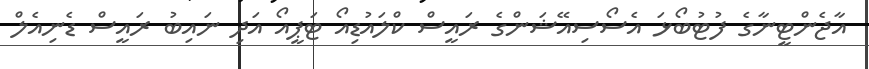
އާޖެންޓީނާގެ ފުޓުބޯޅަ އެސޯސިއޭޝަންގެ ރައީސް ކްލައުޑިއޯ ޓަޕީއޯ އަދި ނައިބު ރައީސް ޑެނިއެލް